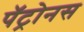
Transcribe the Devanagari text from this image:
पॅट्रोनस